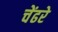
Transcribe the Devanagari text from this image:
चेंढरे